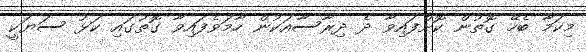
މިކަމާ ބެހޭ ގޮތުން ކޮށްފައިވާ ދެ ދިރާސާއަކުން ހާމަވެފައިވާ ގޮތުގައި ކަޅު ސަޔަކީ